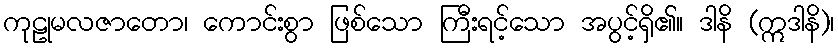
ကုဠုမလဇာတော၊ ကောင်းစွာ ဖြစ်သော ကြီးရင့်သော အပွင့်ရှိ၏။ ဒါနိ (ဣဒါနိ)၊